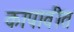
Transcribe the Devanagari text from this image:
कापावीत